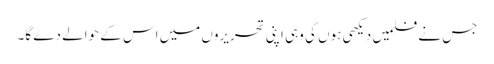
جس نے فلمیں دیکھی ہوں گی وہی اپنی تحریروں میں اس کے حوالے دے گا۔